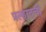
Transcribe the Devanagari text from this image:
प्रल्हादची